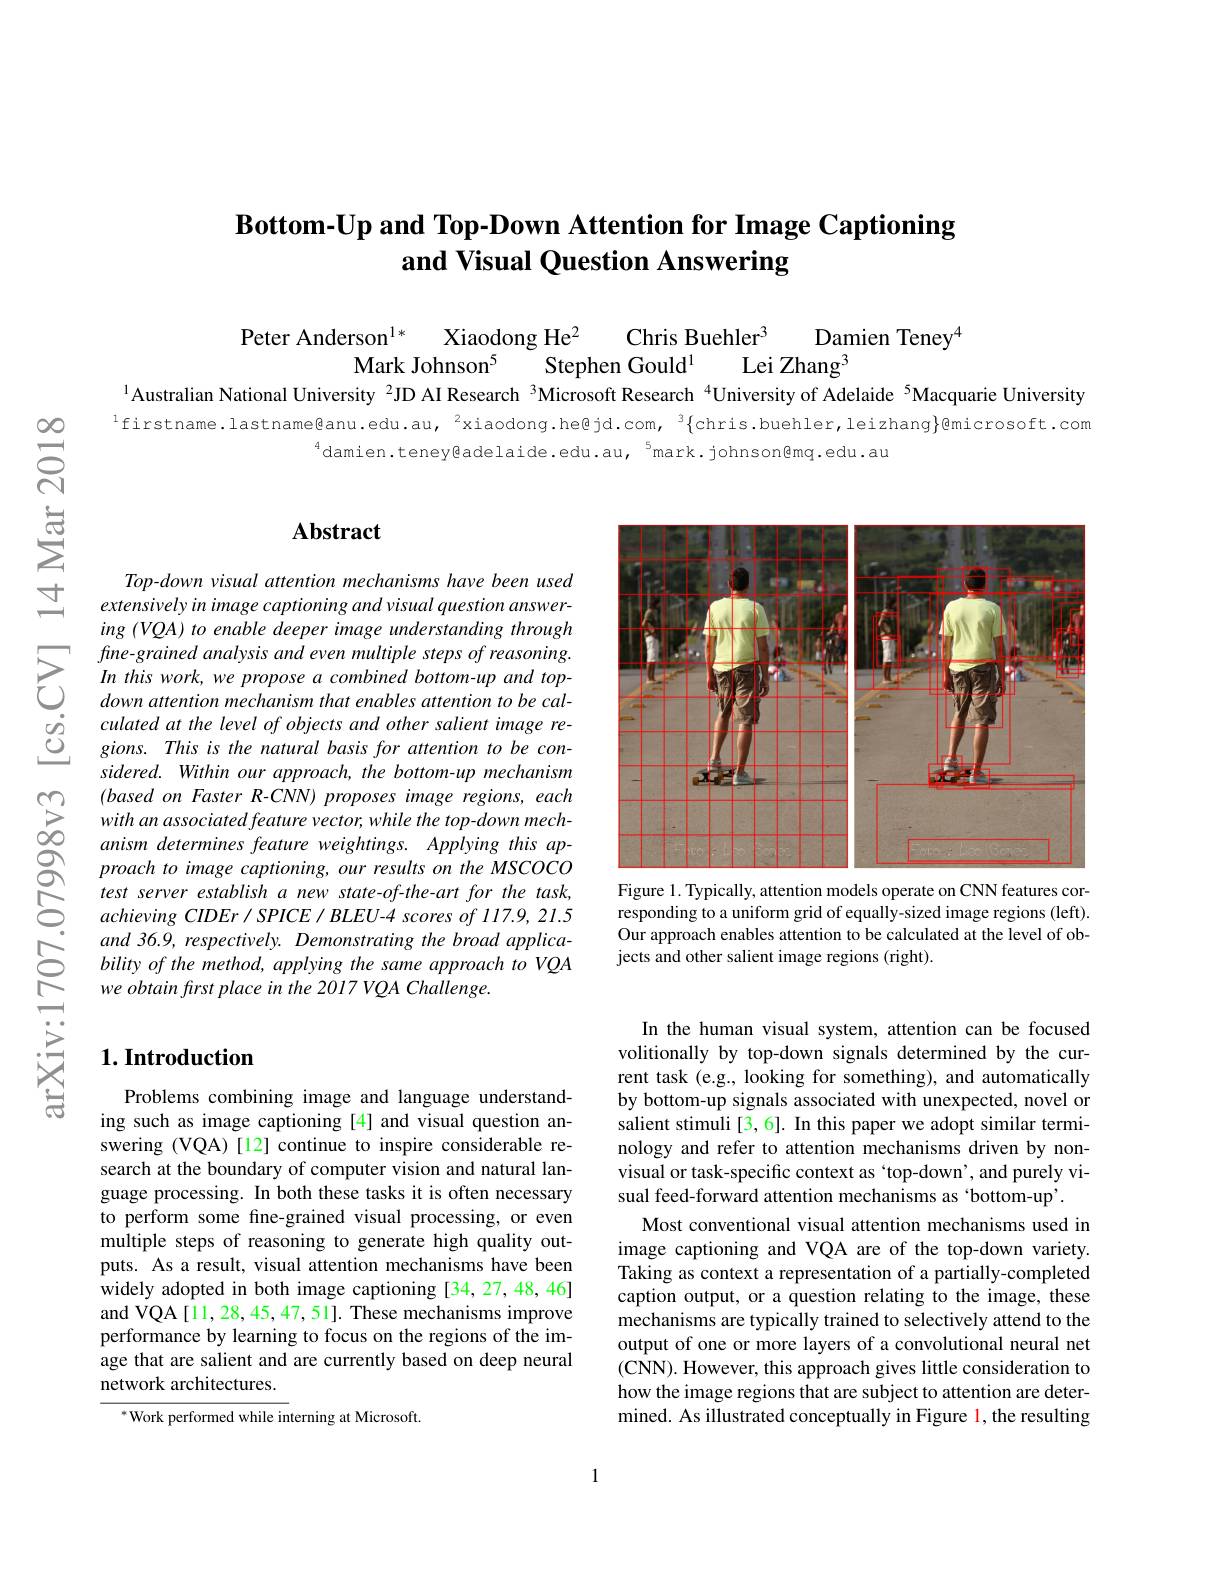
# $\textbf{Bottom- Up and Top- Down Attention for Image Captioning}$ and Visual Question Answering

Damien Teney$^{4}$
Peter Anderson$^{1*}$
Xiaodong He$^{2}$
Chris Buehler$^{3}$
Mark Johnson$^{5}$
Stephen Gould$^{1}$
Lei Zhang$^{3}$
1Australian National University $^{2}$JD AI Research $^{3}$Microsoft Research $^{4}$University of Adelaide $^{5}$Macquarie University

$^{1}$firstname.lastname@anu.edu.au,$^2$xiaodong.he@jd.com,$^3\{$chris.buehler,leizhang$\}$@microsoft.com
$^{4}$damien.teney@adelaide.edu.au,$^5$mark.johnson@mq.edu.au

## $\mathbf{Abstract}$

Top-down visual attention mechanisms have been used extensively in image captioning and visual question answering (VQA) to enable deeper image understanding through fine- grained analysis and even multiple steps of reasoning. In this work, we propose a combined bottom-up and topdown attention mechanism that enables attention to be calculated at the level of objects and other salient image regions. This is the natural basis for attention to be considered. Within our approach, the bottom-up mechanism $( basedon\textit{Faster R- CNN) proposes image regions, each}$ with an associated feature vector, while the top-down mechanism determines feature weightings. Applying this approach to image captioning, our results on the MSCOCO test server establish a new state-of-the-art for the task, $achievingCIDEr/SPICE/BLEU-4$ scores of 117.9, 21.5 and 36.9, respectively. Demonstrating the broad applicability of the method, applying the same approach to VQA we obtain first place in the 2017 VQA Challenge.

## $1. \textbf{Introduction}$

Problems combining image and language understanding such as image captioning [4] and visual question answering (VQA)[12] continue to inspire considerable research at the boundary of computer vision and natural language processing. In both these tasks it is often necessary to perform some fine-grained visual processing, or even multiple steps of reasoning to generate high quality outputs. As a result, visual attention mechanisms have been widely adopted in both image captioning [34, 27, 48, 46] and VQA [11,28,45,47,51]. These mechanisms improve performance by learning to focus on the regions of the image that are salient and are currently based on deep neural network architectures.

$^{*}$Work performed while interning at Microsoft

<FigureHere>
Figure 1. Typically, attention models operate on CNN features cor-

responding to a uniform grid of equally-sized image regions (left). Our approach enables attention to be calculated at the level of objects and other salient image regions (right).

In the human visual system, attention can be focused volitionally by top-down signals determined by the current task (e.g., looking for something), and automatically by bottom-up signals associated with unexpected, novel or salient stimuli[3,6]. In this paper we adopt similar terminology and refer to attention mechanisms driven by nonvisual or task-specific context as `top-down', and purely visual feed-forward attention mechanisms as 'bottom-up'.
Most conventional visual attention mechanisms used in image captioning and VQA are of the top-down variety. Taking as context a representation of a partially-completed caption output, or a question relating to the image, these mechanisms are typically trained to selectively attend to the output of one or more layers of a convolutional neural net (CNN). However, this approach gives little consideration to how the image regions that are subject to attention are determined. As illustrated conceptually in Figure l, the resulting

1